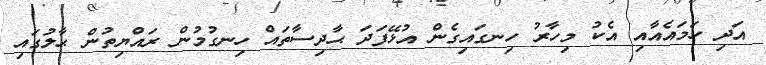
އަދި ހަމައެއާއި އެކު މިހާރު ހިނގައިގެން އުޅޭފަދަ ޙާދިސާތައް ހިނގުމުން ރައްޔިތުން ޙާލުގައި